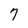
Character: 7